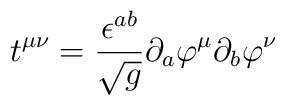
t^{\mu \nu }=\frac{\epsilon ^{ab}}{\sqrt g}\partial _a\varphi ^\mu	\partial _b\varphi ^\nu